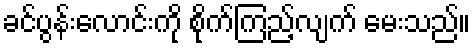
ခင်ပွန်းလောင်းကို စိုက်ကြည့်လျက် မေးသည်။